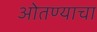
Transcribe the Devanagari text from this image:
ओतण्याचा